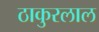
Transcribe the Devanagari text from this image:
ठाकुरलाल